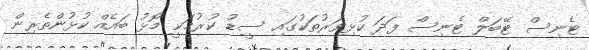
ޓެނިސް ޓޭބަލް ޓެނިސް ފަދަ ކުޅިވަރުތަކުގައި ސީޑު ކުރުމަކީ މޮޅު ބައެއް ކުޅުންތެރިން